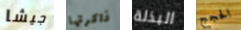
جيشا ذاكرتها البذلة الحجج